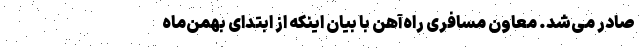
صادر می‌شد. معاون مسافری راه‌آهن با بیان اینکه از ابتدای بهمن‌ماه